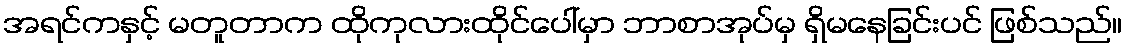
အရင်ကနှင့် မတူတာက ထိုကုလားထိုင်ပေါ်မှာ ဘာစာအုပ်မှ ရှိမနေခြင်းပင် ဖြစ်သည်။